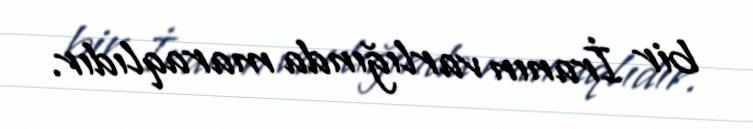
bir İranın varlığında maraqlıdır.